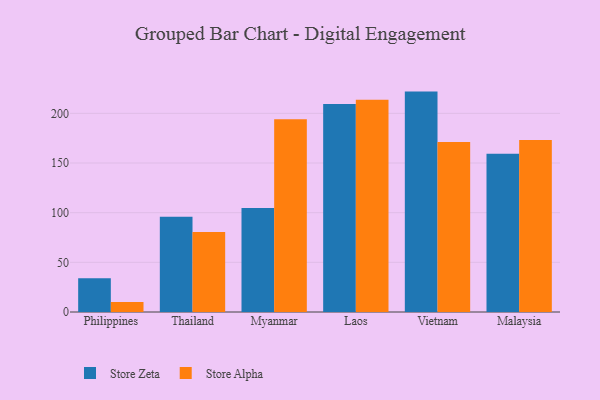
{"axis": {"x": "Country", "y": "Humidity (%)"}, "legend": ["Store Alpha", "Store Zeta"], "data": [{"x": "Philippines", "y": 34.1, "type": "Store Zeta"}, {"x": "Philippines", "y": 10.0, "type": "Store Alpha"}, {"x": "Thailand", "y": 96.0, "type": "Store Zeta"}, {"x": "Thailand", "y": 80.5, "type": "Store Alpha"}, {"x": "Myanmar", "y": 104.6, "type": "Store Zeta"}, {"x": "Myanmar", "y": 194.1, "type": "Store Alpha"}, {"x": "Laos", "y": 209.4, "type": "Store Zeta"}, {"x": "Laos", "y": 213.8, "type": "Store Alpha"}, {"x": "Vietnam", "y": 221.9, "type": "Store Zeta"}, {"x": "Vietnam", "y": 171.1, "type": "Store Alpha"}, {"x": "Malaysia", "y": 159.4, "type": "Store Zeta"}, {"x": "Malaysia", "y": 173.1, "type": "Store Alpha"}]}